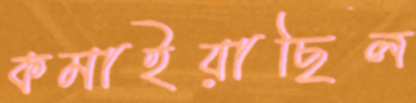
কমাইয়াছিল